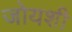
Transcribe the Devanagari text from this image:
जोयशी